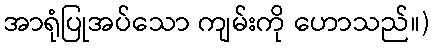
အာရုံပြုအပ်သော ကျမ်းကို ဟောသည်။)